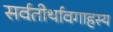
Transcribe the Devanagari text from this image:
सर्वतीर्थावगाहस्य